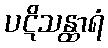
ပဋိသန္ထာရံ